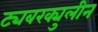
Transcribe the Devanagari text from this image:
ट्यबरक्युलीन